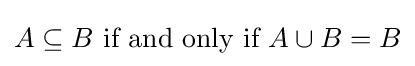
A\subseteq B{\text{ if and only if }}A\cup B=B